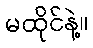
မထိုင်နဲ့။